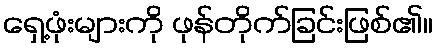
ရှေ့ဖုံးများကို ဖုန်တိုက်ခြင်းဖြစ်၏။